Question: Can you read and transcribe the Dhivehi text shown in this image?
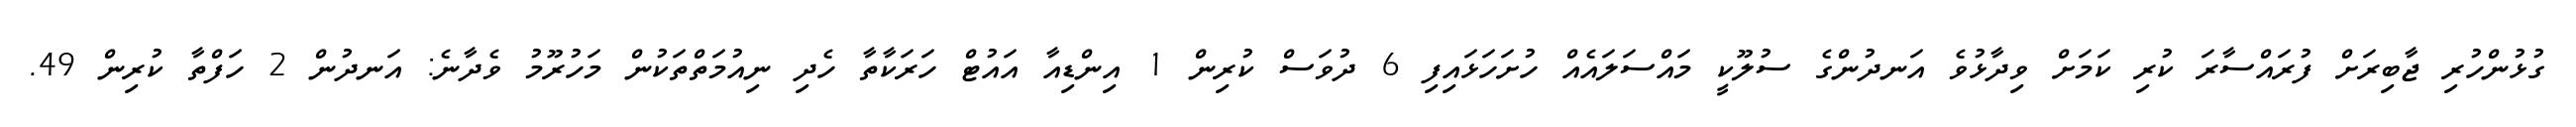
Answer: ގުޅުންހުރި ޖާބިރަށް ފުރައްސާރަ ކުރި ކަމަށް ވިދާޅުވެ އަނދުންގެ ސުލޫކީ މައްސަލައެއް ހުށަހަޅައިފި 6 ދުވަސް ކުރިން 1 އިންޑިއާ އައުޓް ހަރަކާތާ ހެދި ނިއުމަތްތަކުން މަހުރޫމު ވެދާނެ: އަނދުން 2 ހަފްތާ ކުރިން 49.